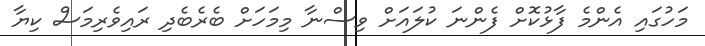
މަހުގައި އެންމެ ފާޅުކޮށް ފެންނަ ކުލައަށް ވިސްނާ މިމަހަށް ބެރެބެދި ރައިވެރިމަސް ކިޔާ